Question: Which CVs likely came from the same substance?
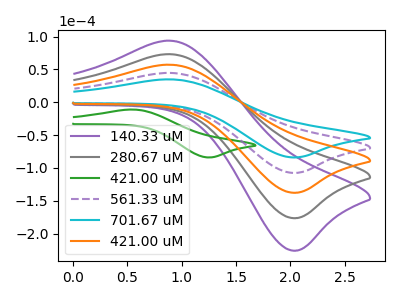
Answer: <think>The purple curve "140.33 uM" has an anodic peak at (0.90V, 178.40uA) and a cathodic peak at (2.05V, -430.05uA). The gray curve "280.67 uM" has an anodic peak at (0.90V, 133.80uA) and a cathodic peak at (2.05V, -322.55uA). The green curve "421.00 uM" has an anodic peak at (0.55V, -11.10uA) and a cathodic peak at (1.25V, -84.00uA). The purple dashed curve "561.33 uM" has an anodic peak at (0.90V, 44.60uA) and a cathodic peak at (2.05V, -107.50uA). The cyan curve "701.67 uM" has an anodic peak at (0.90V, 34.85uA) and a cathodic peak at (2.05V, -83.95uA). The orange curve "421.00 uM" has an anodic peak at (0.90V, 89.20uA) and a cathodic peak at (2.05V, -215.05uA).
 All the peaks in "140.33 uM" have a peak in "280.67 uM" at the same potential. Every peak in "140.33 uM" is higher than every peak in "280.67 uM". "140.33 uM" and "421.00 uM" have at least one peak that do not match. All the peaks in "140.33 uM" have a peak in "561.33 uM" at the same potential. Every peak in "140.33 uM" is higher than every peak in "561.33 uM". All the peaks in "140.33 uM" have a peak in "701.67 uM" at the same potential. Every peak in "140.33 uM" is higher than every peak in "701.67 uM". All the peaks in "140.33 uM" have a peak in "421.00 uM" at the same potential. Every peak in "140.33 uM" is higher than every peak in "421.00 uM". "280.67 uM" and "421.00 uM" have at least one peak that do not match. All the peaks in "280.67 uM" have a peak in "561.33 uM" at the same potential. Every peak in "280.67 uM" is higher than every peak in "561.33 uM". All the peaks in "280.67 uM" have a peak in "701.67 uM" at the same potential. Every peak in "280.67 uM" is higher than every peak in "701.67 uM". All the peaks in "280.67 uM" have a peak in "421.00 uM" at the same potential. Every peak in "280.67 uM" is higher than every peak in "421.00 uM". "421.00 uM" and "561.33 uM" have at least one peak that do not match. "421.00 uM" and "701.67 uM" have at least one peak that do not match. "421.00 uM" and "421.00 uM" have at least one peak that do not match. All the peaks in "561.33 uM" have a peak in "701.67 uM" at the same potential. Every peak in "561.33 uM" is higher than every peak in "701.67 uM". All the peaks in "561.33 uM" have a peak in "421.00 uM" at the same potential. Every peak in "561.33 uM" is lower than every peak in "421.00 uM". All the peaks in "701.67 uM" have a peak in "421.00 uM" at the same potential. Every peak in "701.67 uM" is lower than every peak in "421.00 uM".</think>
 <answer>"701.67 uM", "140.33 uM", "280.67 uM", "561.33 uM" and "421.00 uM" have the same shape and are likely CV's of the same chemical.</answer>
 <eval>"701.67 uM" "140.33 uM" "280.67 uM" "561.33 uM" "421.00 uM"</eval>